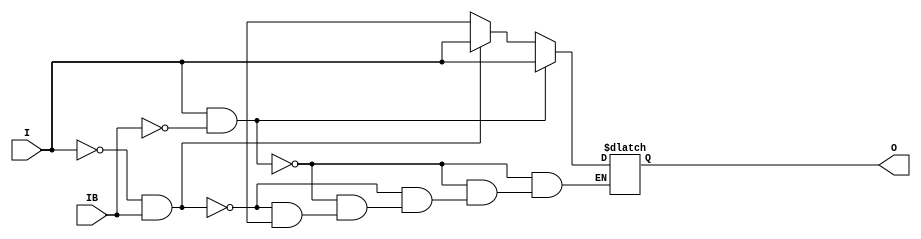
// $Header: /devl/xcs/repo/env/Databases/CAEInterfaces/verunilibs/data/unisims/IBUFDS.v,v 1.7.16.1 2007/03/09 18:13:04 patrickp Exp $
///////////////////////////////////////////////////////////////////////////////
// Copyright (c) 1995/2004 Xilinx, Inc.
// All Right Reserved.
///////////////////////////////////////////////////////////////////////////////
//   ____  ____
//  /   /\/   /
// /___/  \  /    Vendor : Xilinx
// \   \   \/     Version : 9.1i (J.25)
//  \   \         Description : Xilinx Functional Simulation Library Component
//  /   /                  Differential Signaling Input Buffer
// /___/   /\     Filename : IBUFDS.v
// \   \  /  \    Timestamp : Thu Mar 25 16:42:23 PST 2004
//  \___\/\___\
//
// Revision:
//    03/23/04 - Initial version.
//    07/19/06 - Add else to handle x case for o_out (CR 234718).
// End Revision

`timescale  100 ps / 10 ps


module IBUFDS (O, I, IB);

    parameter CAPACITANCE = "DONT_CARE";
    parameter DIFF_TERM = "FALSE";
    parameter IBUF_DELAY_VALUE = "0";
    parameter IFD_DELAY_VALUE = "AUTO";
    parameter IOSTANDARD = "DEFAULT";
   
    output O;
    input  I, IB;

    reg o_out;

    buf b_0 (O, o_out);

    initial begin
	
        case (CAPACITANCE)

            "LOW", "NORMAL", "DONT_CARE" : ;
            default : begin
                          $display("Attribute Syntax Error : The attribute CAPACITANCE on IBUFDS instance %m is set to %s.  Legal values for this attribute are DONT_CARE, LOW or NORMAL.", CAPACITANCE);
                          $finish;
                      end

        endcase

	case (DIFF_TERM)

            "TRUE", "FALSE" : ;
            default : begin
                          $display("Attribute Syntax Error : The attribute DIFF_TERM on IBUFDS instance %m is set to %s.  Legal values for this attribute are TRUE or FALSE.", DIFF_TERM);
                          $finish;
                      end

	endcase // case(DIFF_TERM)


	case (IBUF_DELAY_VALUE)

            "0", "1", "2", "3", "4", "5", "6", "7", "8", "9", "10", "11", "12", "13", "14", "15", "16" : ;
            default : begin
                          $display("Attribute Syntax Error : The attribute IBUF_DELAY_VALUE on IBUFDS instance %m is set to %s.  Legal values for this attribute are 0, 1, 2, ... or 16.", IBUF_DELAY_VALUE);
                          $finish;
                      end

        endcase


	case (IFD_DELAY_VALUE)

            "AUTO", "0", "1", "2", "3", "4", "5", "6", "7", "8" : ;
            default : begin
                          $display("Attribute Syntax Error : The attribute IFD_DELAY_VALUE on IBUFDS instance %m is set to %s.  Legal values for this attribute are AUTO, 0, 1, 2, ... or 8.", IFD_DELAY_VALUE);
                          $finish;
                      end

	endcase

    end

    always @(I or IB) 
	if (I == 1'b1 && IB == 1'b0)
	    o_out = I;
	else if (I == 1'b0 && IB == 1'b1)
	    o_out = I;
        else if (I == 1'bx || IB == 1'bx)
            o_out = 1'bx;
    

endmodule